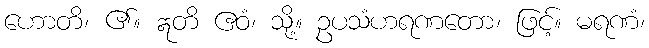
ဟောတိ၊ ၏။ ဣတိ ဧဝံ၊ သို့။ ဥပသံဟရဏတော၊ ဖြင့်။ မရဏံ၊